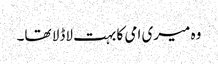
وہ میری امی کا بہت لاڈلا تھا۔